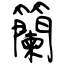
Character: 籣